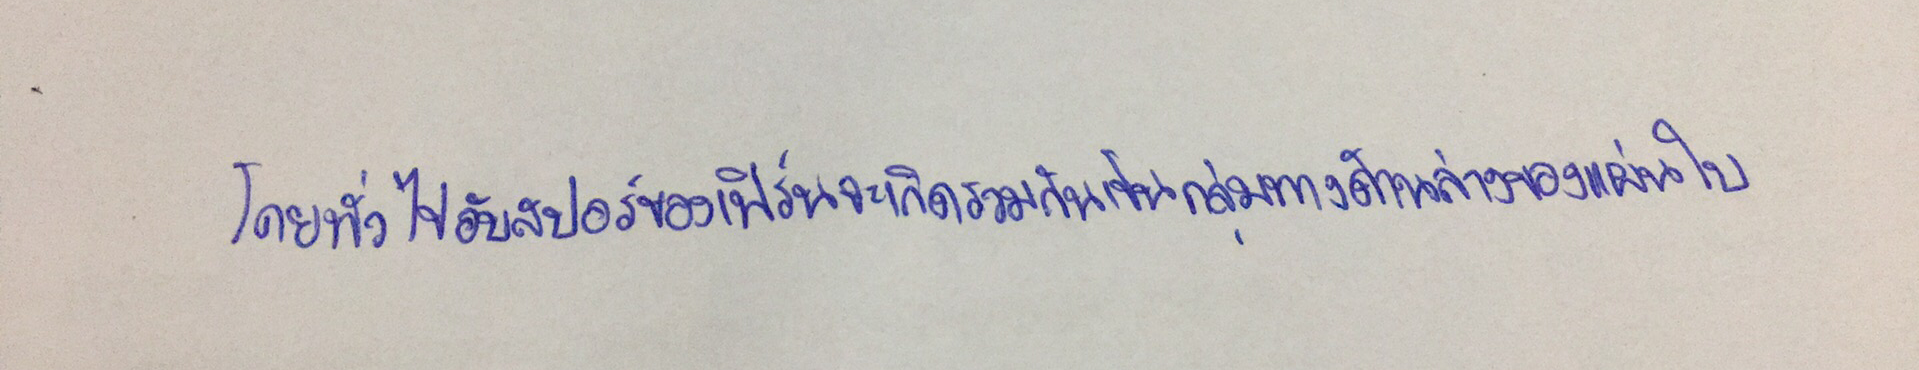
โดยทั่วไปอับสปอร์ของเฟิร์นจะเกิดรวมกันเป็นกลุ่มทางด้านล่างของแผ่นใบ